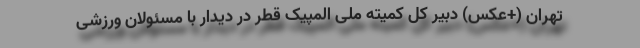
تهران (+عکس) دبیر کل کمیته ملی المپیک قطر در دیدار با مسئولان ورزشی